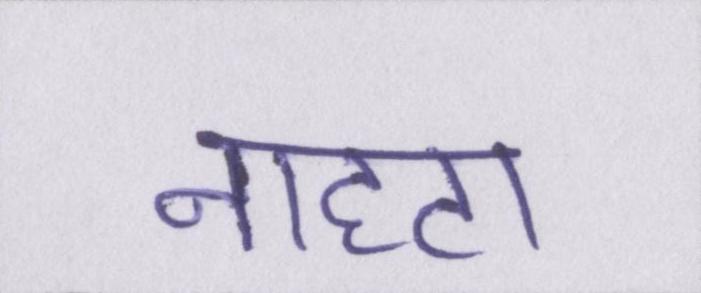
नाहटा